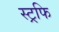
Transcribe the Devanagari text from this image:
स्ट्रफि